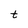
Character: t